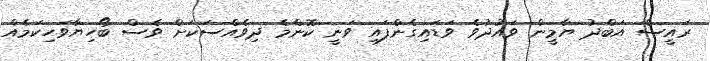
ރައީސް އަބްދު ޔާމީން ވައުދުވެ ވަޑައިގެންފައި ވަނީ ކޮންމެ ދިވެއްސަކަަށް ވެސް ބޯހިޔާވަހިކަމެއް